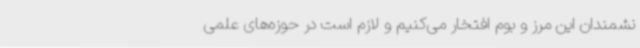
نشمندان این مرز و بوم افتخار می‌کنیم و لازم است در حوزه‌های علمی